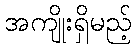
အကျိုးရှိမည့်